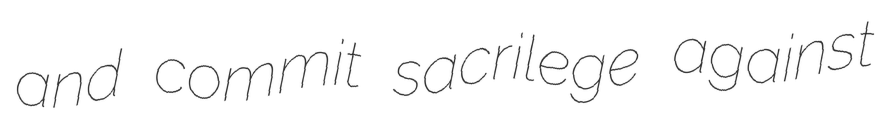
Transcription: and commit sacrilege against